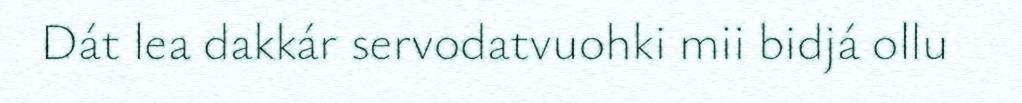
Dát lea dakkár servodatvuohki mii bidjá ollu